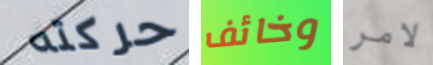
حركته وخائف لامر